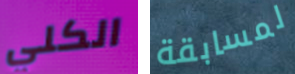
الكلي لمسابقة